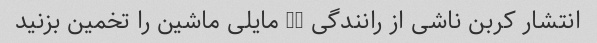
انتشار کربن ناشی از رانندگی 50 مایلی ماشین را تخمین بزنید